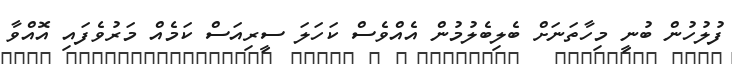
ފުލުހުން ބުނީ މިހާތަނަށް ބެލިބެލުމުން އެއްވެސް ކަހަލަ ސީރިއަސް ކަމެއް މަރުވެފައި އޮއްވާ